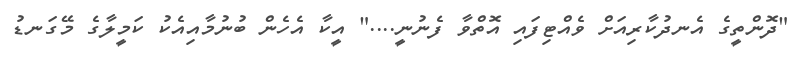
"ދޮންތީގެ އެނދުކާރިއަށް ވެއްޓިފައި އޮތްވާ ފެނުނީ...." އީކާ އެހެން ބުނުމާއިއެކު ކަމީލާގެ މޭގަނޑު